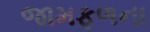
જામફળના